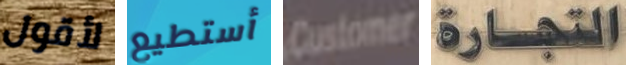
لأقول أستطيع Customer التجارة